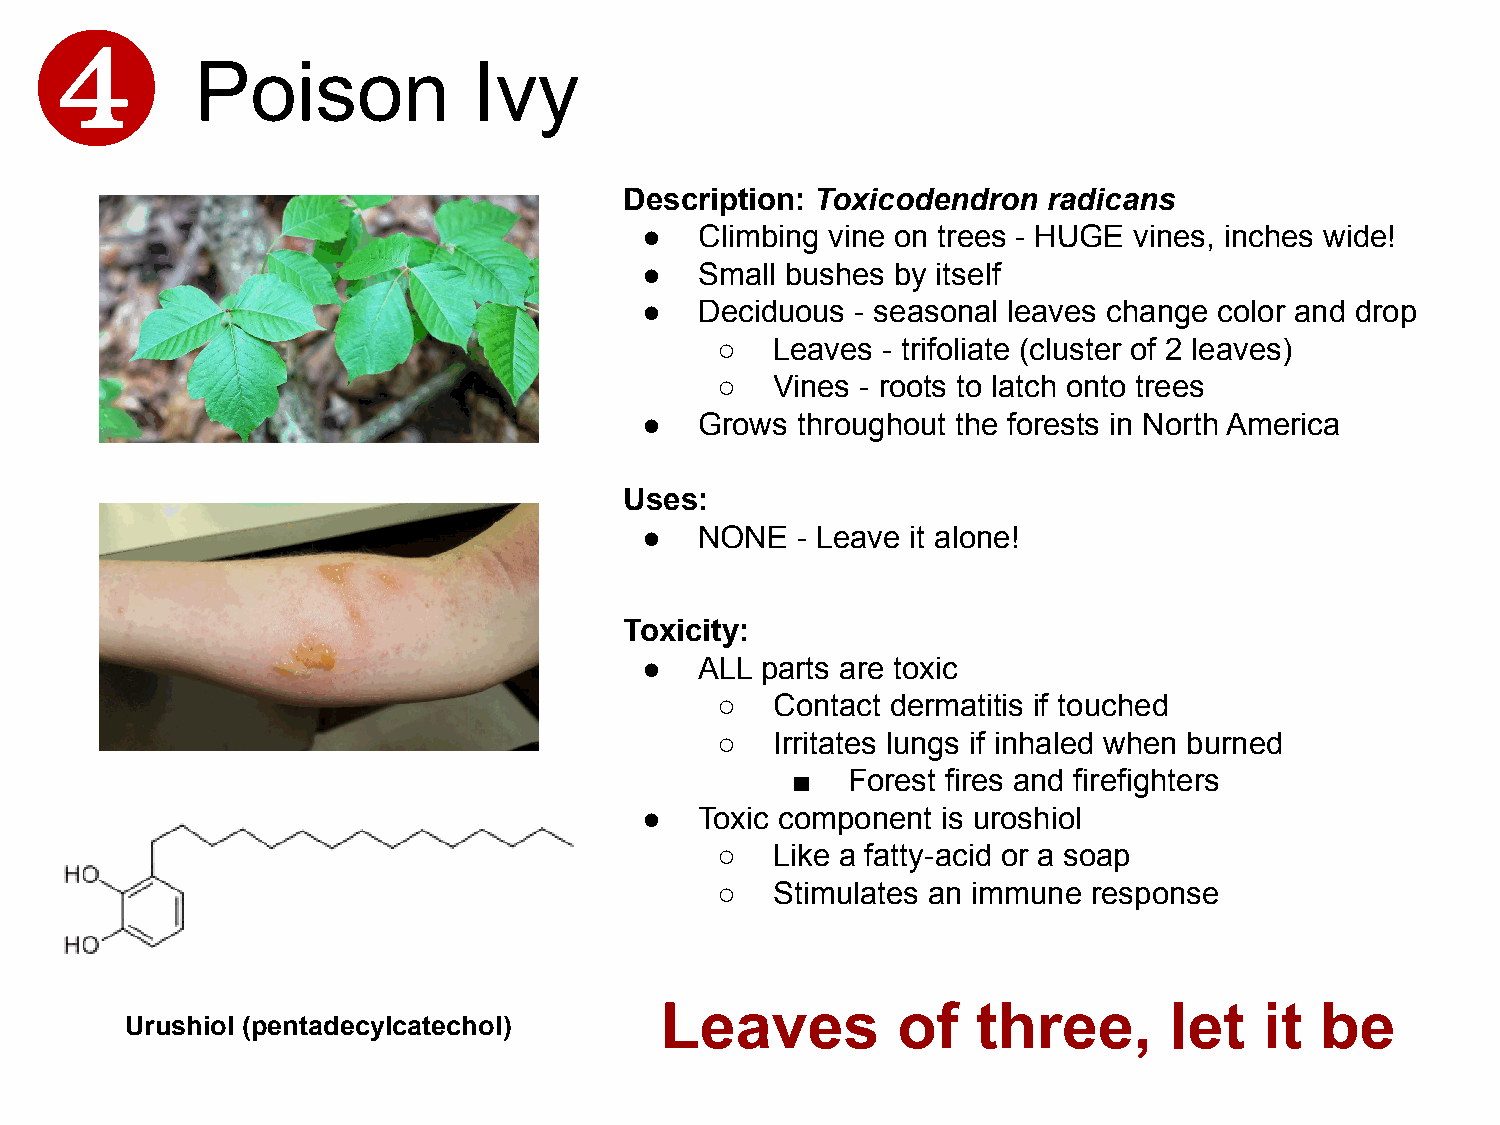
❹
 Poison            Ivy
 Description: Toxicodendron  radicans
 ●   Climbing vine on trees - HUGE vines, inches wide!
 ●   Small bushes by itself
 ●   Deciduous  - seasonal leaves change color and drop
 ○   Leaves - trifoliate (cluster of 2 leaves)
 ○   Vines - roots to latch onto trees
 ●   Grows  throughout the forests in North America
 Uses:
 ●   NONE   - Leave it alone!
 Toxicity:
 ●   ALL parts are toxic
 ○   Contact dermatitis if touched
 ○   Irritates lungs if inhaled when burned
 ■   Forest fires and firefighters
 ●   Toxic component is uroshiol
 ○   Like a fatty-acid or a soap
 ○   Stimulates an immune response
 Leaves         of    three,      let    it be
 Urushiol (pentadecylcatechol)